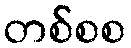
တစ်စစ